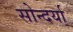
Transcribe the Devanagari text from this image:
सोन्दर्या